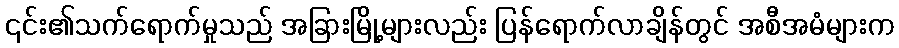
၎င်း၏သက်ရောက်မှုသည် အခြားမြို့များလည်း ပြန်ရောက်လာချိန်တွင် အစီအမံများက